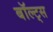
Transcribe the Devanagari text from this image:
बॉल्ट्स